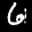
Label: 6